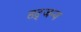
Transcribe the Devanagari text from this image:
हृद्जन्‍य